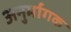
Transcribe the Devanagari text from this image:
अनुर्मागक